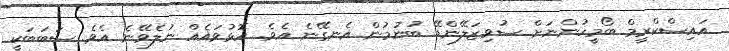
އައިސްކްރީމް ބޯމީހުންނަށް ސުވިޒަލޭންޑޭ ބުނުމުން އެނގޭނެ އެވެ. އޮޅުވައެއް ނުލެވޭނެ އެވެ. ސަބަބަކީ